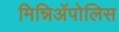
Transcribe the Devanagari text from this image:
मिन्निअॅपोलिस